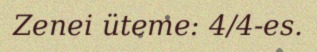
Zenei üteme: 4/4-es.